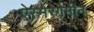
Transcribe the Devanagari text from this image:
ऐस्मेरेगेमीन